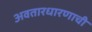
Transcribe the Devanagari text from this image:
अवतारधारणाची